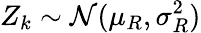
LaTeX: Z_{k}\sim\mathcal N(\mu_{R},\sigma_{R}^{2})